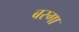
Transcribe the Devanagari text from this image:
बरगा